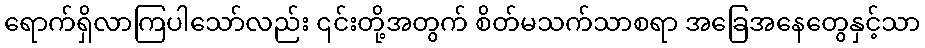
ရောက်ရှိလာကြပါသော်လည်း ၎င်းတို့အတွက် စိတ်မသက်သာစရာ အခြေအနေတွေနှင့်သာ